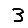
Digit: 3